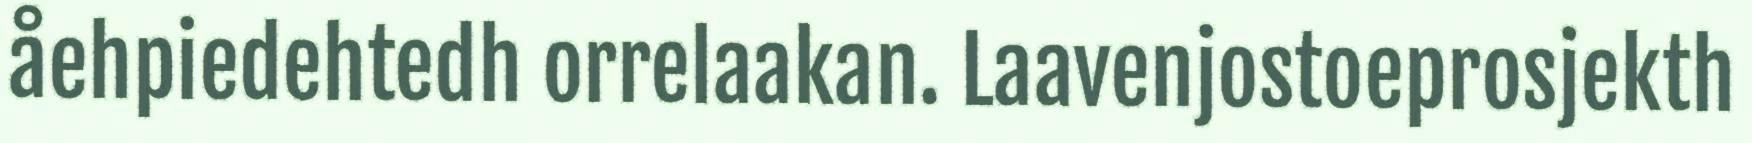
åehpiedehtedh orrelaakan. Laavenjostoeprosjekth